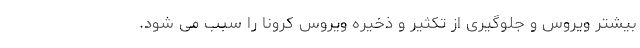
بیشتر ویروس و جلوگیری از تکثیر و ذخیره ویروس کرونا را سبب می شود.